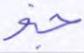
جنو